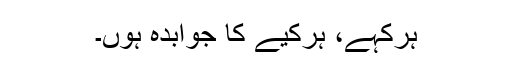
ہرکہے، ہرکیے کا جوابدہ ہوں۔